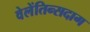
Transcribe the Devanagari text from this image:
वेलेंतिन्सदाग